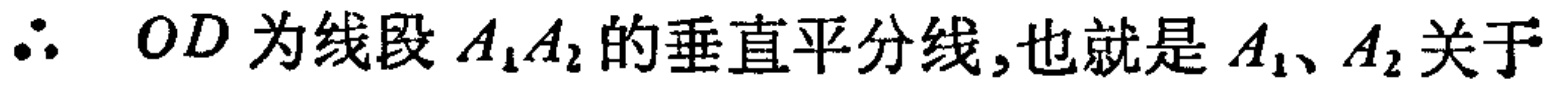
$\therefore\  OD\text{ 为线段 }A_{1}A_{2}\text{ 的垂直平分线,也就是 }A_{1}、A_{2}\text{ 关于}$